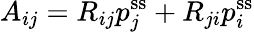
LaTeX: A_{ij}=R_{ij}p_{j}^{\mathrm{ss}}+R_{ji}p_{i}^{\mathrm{ss}}